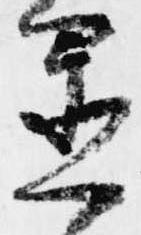
置